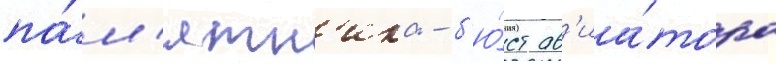
па́м'ятн'ика - б'ю́ст ав'иа́тора